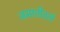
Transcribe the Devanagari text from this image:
जमातीतले